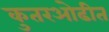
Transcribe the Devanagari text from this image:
कुतरओढीत